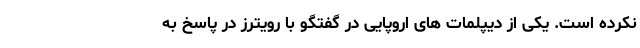
نکرده است. یکی از دیپلمات های اروپایی در گفتگو با رویترز در پاسخ به